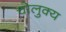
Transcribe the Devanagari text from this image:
चोलुक्य